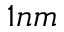
1 n m